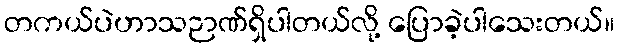
တကယ်ပဲဟာသဉာဏ်ရှိပါတယ်လို့ ပြောခဲ့ပါသေးတယ်။